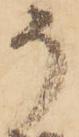
そ